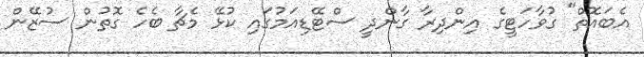
އެބައޮތް" ގުވާހަޓީގެ އިންދިރާ ގާންދީ ސްޓޭޑިއަމުގައި ކުޅޭ މެޗާ ބެހެ ގޮތުން ސުޒޭން